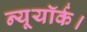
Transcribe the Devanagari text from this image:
न्यूयॉर्क।